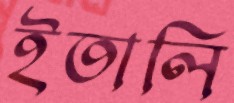
ইতালি